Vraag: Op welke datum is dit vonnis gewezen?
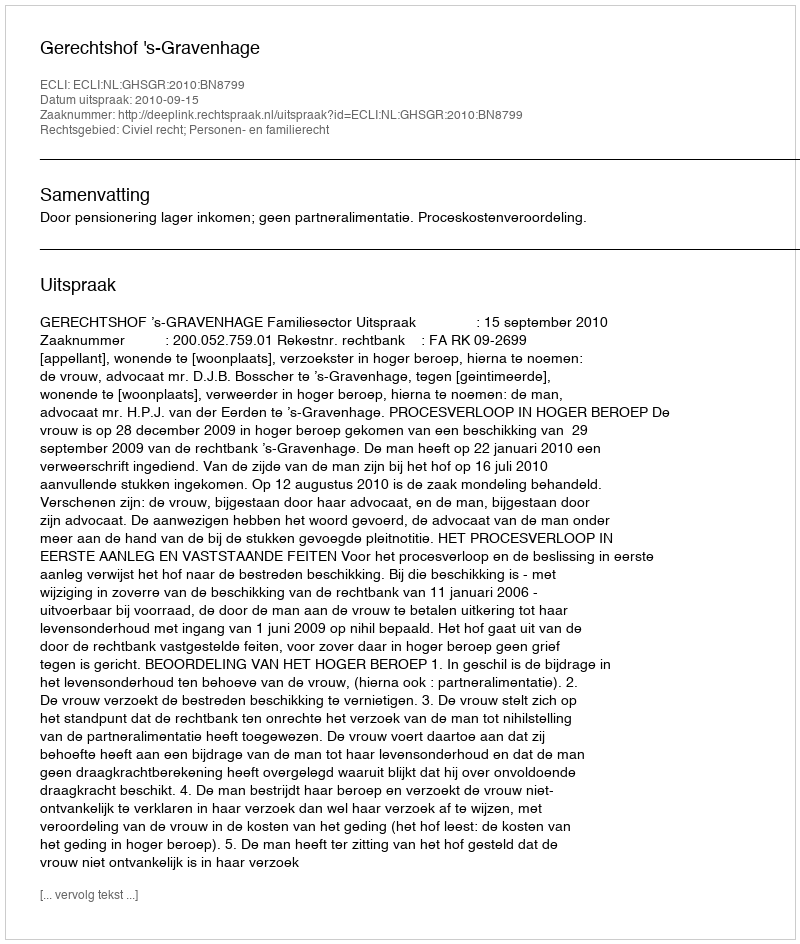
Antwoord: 2010-09-15